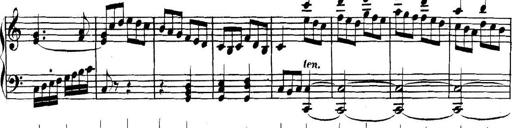
Title: Collected Piano Sonatas
Composer: Muzio Clementi